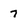
Character: 7